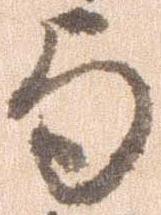
与